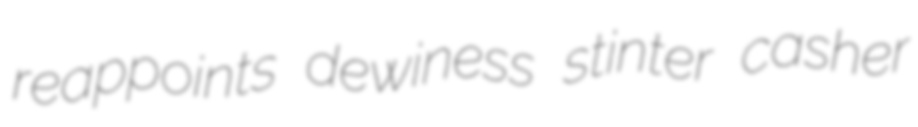
reappoints dewiness stinter casher